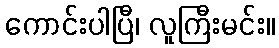
ကောင်းပါပြီ၊ လူကြီးမင်း။